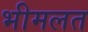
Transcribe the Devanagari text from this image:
भीमलत